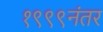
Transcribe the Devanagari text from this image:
१९९९नंतर